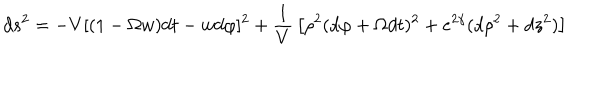
\nonumber d s ^ { 2 } = - V [ ( 1 - \Omega w ) d t - w d \varphi ] ^ { 2 } + { \frac { 1 } { V } } \left[ \rho ^ { 2 } ( d \varphi + \Omega d t ) ^ { 2 } + e ^ { 2 \gamma } ( d \rho ^ { 2 } + d z ^ { 2 } ) \right]